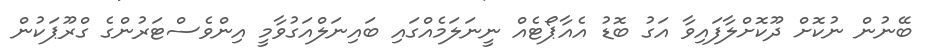
ބޭނުން ނުކޮށް ދޫކޮށްލާފައިވާ އަގު ބޮޑު އެއާޕޯޓެއް ނީނަލަމެއްގައި ބައިނަލްއަގުވާމީ އިންވެސްޓަރުންގެ ގްރޫޕަކުން